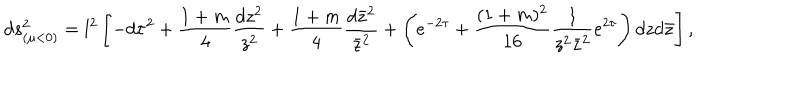
LaTeX: d s _ { ( \mu < 0 ) } ^ { 2 } = l ^ { 2 } \left[ - d \tau ^ { 2 } + \frac { 1 + m } { 4 } \frac { d z ^ { 2 } } { z ^ { 2 } } + \frac { 1 + m } { 4 } \frac { d \bar { z } ^ { 2 } } { \bar { z } ^ { 2 } } + \left( e ^ { - 2 \tau } + \frac { ( 1 + m ) ^ { 2 } } { 1 6 } \frac { 1 } { z ^ { 2 } \bar { z } ^ { 2 } } e ^ { 2 \tau } \right) d z d \bar { z } \right] ,